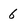
Character: 6